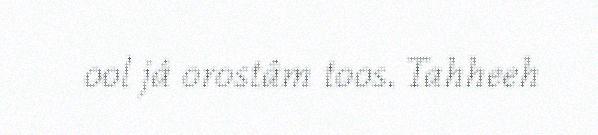
ool já orostâm toos. Tahheeh